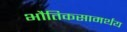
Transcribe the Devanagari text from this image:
भौतिकसामर्थय